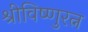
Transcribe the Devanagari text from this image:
श्रीविष्णुरत्न